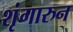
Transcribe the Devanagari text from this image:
शृंगारुन